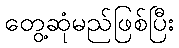
တွေ့ဆုံမည်ဖြစ်ပြီး